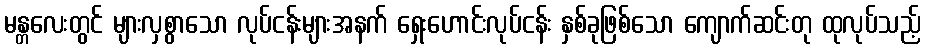
မန္တလေးတွင် များလှစွာသော လုပ်ငန်းများအနက် ရှေးဟောင်းလုပ်ငန်း နှစ်ခုဖြစ်သော ကျောက်ဆင်းတု ထုလုပ်သည့်